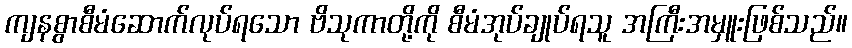
ကျနစွာစီမံဆောက်လုပ်ရသော ဗိသုကာတို့ကို စီမံအုပ်ချုပ်ရသူ အကြီးအမှူးဖြစ်သည်။